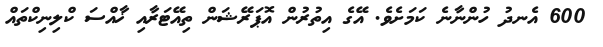
600 އެނދު ހުންނާނެ ކަމަށެވެ. އޭގެ އިތުރުން އޮޕަރޭޝަން ތިއޭޓަރާއި ޚާއްސަ ކްލިނިކްތައް